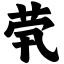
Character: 茕